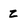
Character: Z